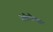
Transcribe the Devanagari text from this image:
मेलेनोसाइट